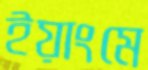
ইয়াংমে